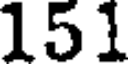
151